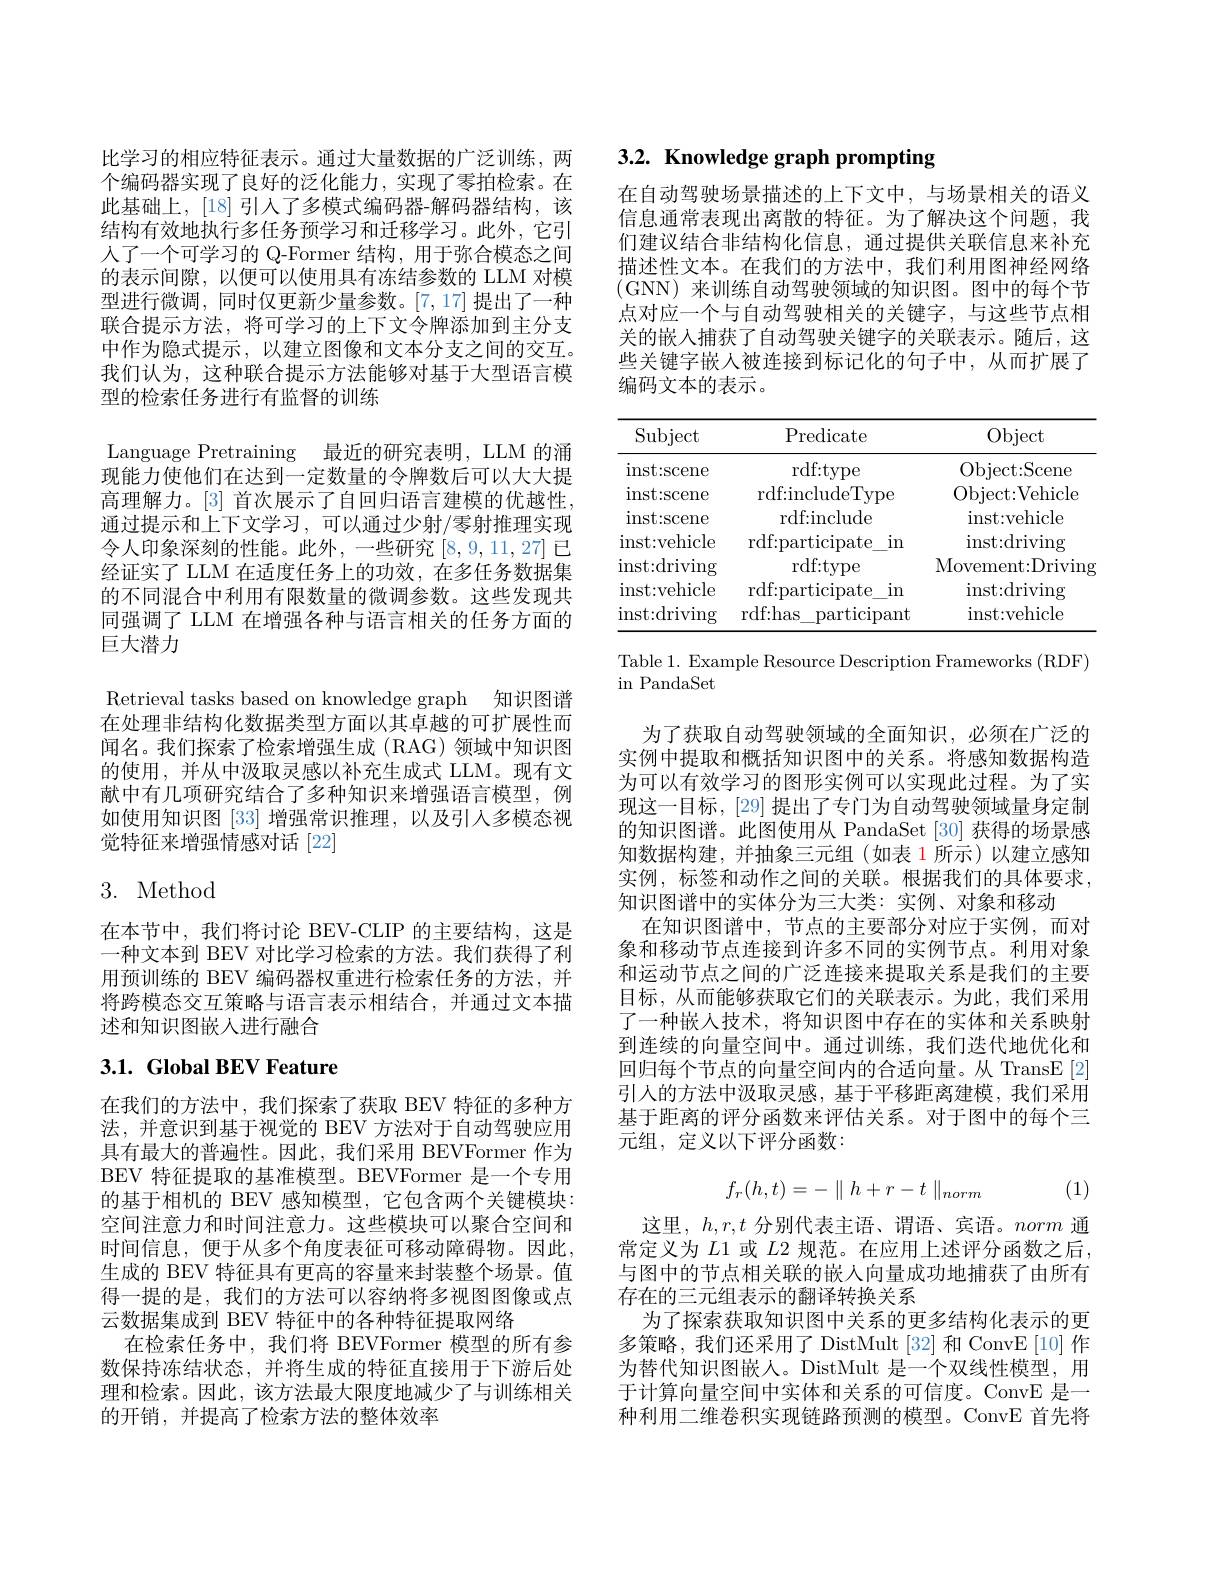
比学习的相应特征表示。通过大量数据的广泛训练，两个编码器实现了良好的泛化能力，实现了零拍检索。在此基础上，[18] 引人了多模式编码器-解码器结构，该结构有效地执行多任务预学习和迁移学习。此外，它引人了一个可学习的 Q-Former 结构，用于弥合模态之间的表示间隙，以便可以使用具有冻结参数的 LLM 对模型进行微调，同时仅更新少量参数。[7,17]提出了一种联合提示方法，将可学习的上下文令牌添加到主分支中作为隐式提示，以建立图像和文本分支之间的交互。我们认为，这种联合提示方法能够对基于大型语言模型的检索任务进行有监督的训练
Language Pretraining 最近的研究表明，LLM 的涌现能力使他们在达到一定数量的令牌数后可以大大提高理解力。[3] 首次展示了自回归语言建模的优越性， 通过提示和上下文学习，可以通过少射/零射推理实现令人印象深刻的性能。此外，一些研究[8,9,11,27]已经证实了 LLM 在适度任务上的功效，在多任务数据集的不同混合中利用有限数量的微调参数。这些发现共同强调了 LLM 在增强各种与语言相关的任务方面的巨大潜力
Retrieval tasks based on knowledge graph 知识图谱在处理非结构化数据类型方面以其卓越的可扩展性而闻名。我们探索了检索增强生成(RAG)领域中知识图的使用，并从中汲取灵感以补充生成式 LLM。现有文献中有几项研究结合了多种知识来增强语言模型，例如使用知识图[33]增强常识推理，以及引入多模态视觉特征来增强情感对话[22]
3. Method

在本节中，我们将讨论 BEV-CLIP 的主要结构，这是一种文本到 BEV 对比学习检索的方法。我们获得了利用预训练的 BEV 编码器权重进行检索任务的方法，并将跨模态交互策略与语言表示相结合，并通过文本描述和知识图嵌人进行融合

# 3.1. Global BEV Feature

在我们的方法中，我们探索了获取 BEV 特征的多种方法，并意识到基于视觉的 BEV 方法对于自动驾驶应用具有最大的普遍性。因此，我们采用 BEVFormer 作为BEV 特征提取的基准模型。BEVFormer 是一个专用的基于相机的 BEV 感知模型，它包含两个关键模块： 空间注意力和时间注意力。这些模块可以聚合空间和时间信息，便于从多个角度表征可移动障碍物。因此， 生成的 BEV 特征具有更高的容量来封装整个场景。值得一提的是，我们的方法可以容纳将多视图图像或点云数据集成到 BEV 特征中的各种特征提取网络
在检索任务中，我们将 BEVFormer 模型的所有参数保持冻结状态，并将生成的特征直接用于下游后处理和检索。因此，该方法最大限度地减少了与训练相关的开销，并提高了检索方法的整体效率

# 3.2. Knowledge graph prompting

在自动驾驶场景描述的上下文中，与场景相关的语义信息通常表现出离散的特征。为了解决这个问题，我们建议结合非结构化信息，通过提供关联信息来补充描述性文本。在我们的方法中，我们利用图神经网络(GNN) 来训练自动驾驶领域的知识图。图中的每个节点对应一个与自动驾驶相关的关键字，与这些节点相关的嵌入捕获了自动驾驶关键字的关联表示。随后，这些关键字嵌人被连接到标记化的句子中，从而扩展了编码文本的表示。

<table>
	<tbody>
		<tr>
			<th>$\operatorname{Subject}$</th>
			<th>Predicate</th>
			<th>Object</th>
		</tr>
		<tr>
			<td>$\operatorname{inst:scene}$</td>
			<td>$\operatorname{rdf:type}$</td>
			<td>Object: Scene</td>
		</tr>
		<tr>
			<td>inst: scene</td>
			<td>rdf:includeType</td>
			<td>Object: Vehicle</td>
		</tr>
		<tr>
			<td>inst: scene</td>
			<td>$\operatorname{rdf:include}$</td>
			<td>inst: vehicle</td>
		</tr>
		<tr>
			<td>inst: vehicle</td>
			<td>rdf:participate $\operatorname{in}$</td>
			<td>inst: driving</td>
		</tr>
		<tr>
			<td>$\operatorname{inst:driving}$</td>
			<td>$\operatorname{rdf:type}$</td>
			<td>Movement: Driving</td>
		</tr>
		<tr>
			<td>inst: vehicle</td>
			<td>rdf:participate $\operatorname{in}$</td>
			<td>inst: driving</td>
		</tr>
		<tr>
			<td>$\operatorname{inst:driving}$</td>
			<td>rdf: has participant</td>
			<td>inst: vehicle</td>
		</tr>
	</tbody>
</table>

Table 1. Example Resource Description Frameworks (RDF)
$\operatorname{in}{\mathrm{PandaSet}}$

为了获取自动驾驶领域的全面知识，必须在广泛的实例中提取和概括知识图中的关系。将感知数据构造为可以有效学习的图形实例可以实现此过程。为了实现这一目标，[29] 提出了专门为自动驾驶领域量身定制的知识图谱。此图使用从 PandaSet [30] 获得的场景感知数据构建，并抽象三元组(如表1所示)以建立感知实例，标签和动作之间的关联。根据我们的具体要求， 知识图谱中的实体分为三大类：实例、对象和移动
在知识图谱中，节点的主要部分对应于实例，而对象和移动节点连接到许多不同的实例节点。利用对象和运动节点之间的广泛连接来提取关系是我们的主要目标，从而能够获取它们的关联表示。为此，我们采用了一种嵌人技术，将知识图中存在的实体和关系映射到连续的向量空间中。通过训练，我们迭代地优化和回归每个节点的向量空间内的合适向量。从 TransE [2] 引入的方法中汲取灵感，基于平移距离建模，我们采用基于距离的评分函数来评估关系。对于图中的每个三元组，定义以下评分函数：
$$f_r(h,t)=-\parallel h+r-t\parallel_{norm}$$
(1)

这里，$h,r,t$分别代表主语、谓语、宾语。norm通常定义为 $L$1 或 $L$2 规范。在应用上述评分函数之后， 与图中的节点相关联的嵌入向量成功地捕获了由所有存在的三元组表示的翻译转换关系
为了探索获取知识图中关系的更多结构化表示的更多策略，我们还采用了 DistMult[32] 和 ConvE[10] 作为替代知识图嵌人。DistMult 是一个双线性模型，用于计算向量空间中实体和关系的可信度。ConvE 是一种利用二维卷积实现链路预测的模型。ConvE 首先将